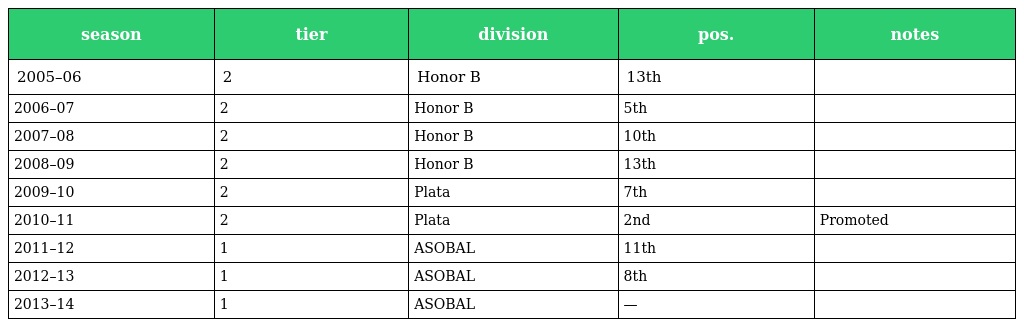
| season | tier | division | pos. | notes |
 | --- | --- | --- | --- | --- |
 | 2005–06 | 2 | Honor B | 13th |  |
 | 2006–07 | 2 | Honor B | 5th |  |
 | 2007–08 | 2 | Honor B | 10th |  |
 | 2008–09 | 2 | Honor B | 13th |  |
 | 2009–10 | 2 | Plata | 7th |  |
 | 2010–11 | 2 | Plata | 2nd | Promoted |
 | 2011–12 | 1 | ASOBAL | 11th |  |
 | 2012–13 | 1 | ASOBAL | 8th |  |
 | 2013–14 | 1 | ASOBAL | — |  |